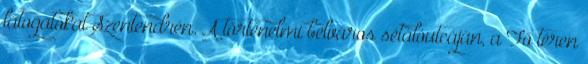
látogatókat Szentendrén. A történelmi belváros sétálóutcáján, a Fő téren